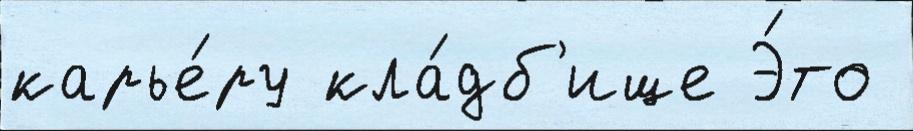
карье́ру кла́дб'ище Э́то